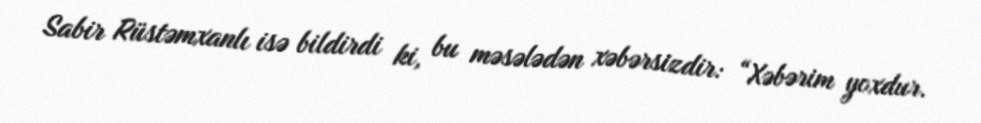
Sabir Rüstəmxanlı isə bildirdi ki, bu məsələdən xəbərsizdir: “Xəbərim yoxdur.